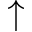
\uparrow